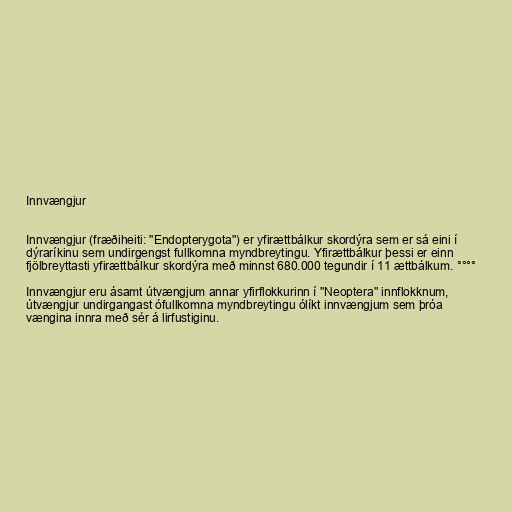
Innvængjur

Innvængjur (fræðiheiti: "Endopterygota") er yfirættbálkur skordýra sem er sá eini í
dýraríkinu sem undirgengst fullkomna myndbreytingu. Yfirættbálkur þessi er einn
fjölbreyttasti yfirættbálkur skordýra með minnst 680.000 tegundir í 11 ættbálkum. °°°°

Innvængjur eru ásamt útvængjum annar yfirflokkurinn í "Neoptera" innflokknum,
útvængjur undirgangast ófullkomna myndbreytingu ólíkt innvængjum sem þróa
vængina innra með sér á lirfustiginu.